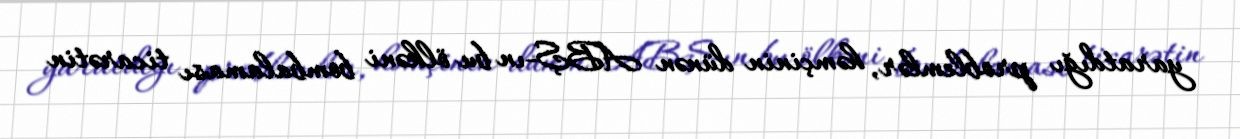
yaratdığı problemlər, həmçinin dünən ABŞ-ın bu ölkəni bombalaması ticarətin